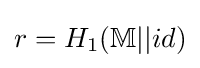
\textstyle r=H_{1}(\mathbb {M} ||id)